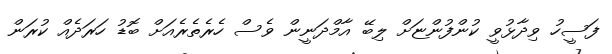
ފަސީހު ވިދާޅުވީ ކުންފުންޏަށް ލިބޭ އާމްދަނީން ވެސް ހެރެތެރެއަށް ބޮޑު ހަރަދެއް ކުރަން